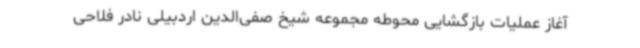
آغاز عملیات بازگشایی محوطه مجموعه شیخ صفی‌الدین اردبیلی نادر فلاحی